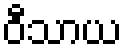
ဝီသာယ